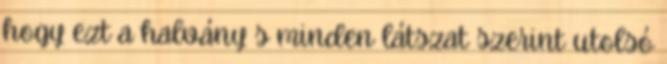
hogy ezt a halvány s minden látszat szerint utolsó